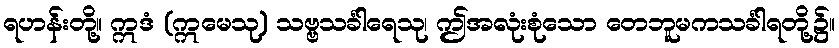
ရဟန်းတို့။ ဣဒံ (ဣမေသု) သဗ္ဗသင်္ခါရေသု၊ ဤအလုံးစုံသော တေဘူမကသင်္ခါရတို့၌။